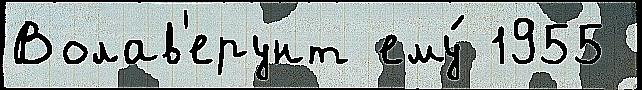
Волав'ерунт ему́ 1955